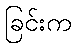
ခြင်းက